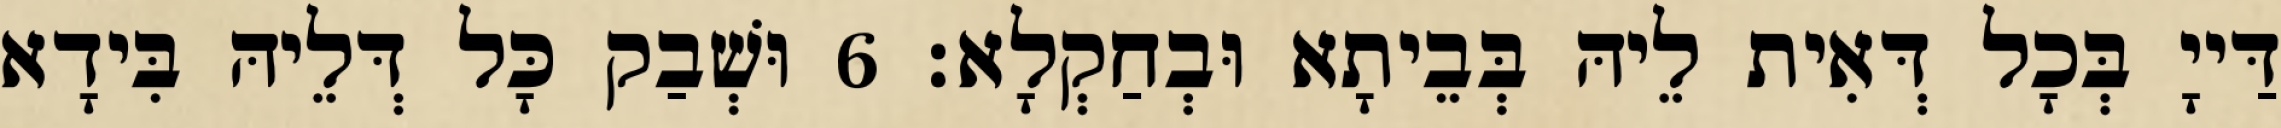
דַּייָ בְּכָל דְּאִית לֵיהּ בְּבֵיתָא וּבְחַקְלָא׃ 6 וּשְׁבַק כָּל דְּלֵיהּ בִּידָא